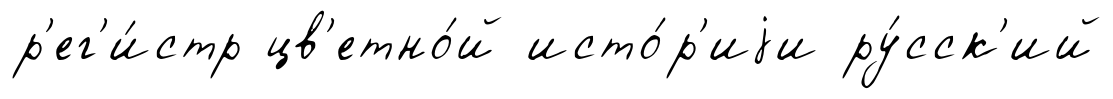
р'ег'и́стр цв'етно́й исто́р'иjи ру́сск'ий